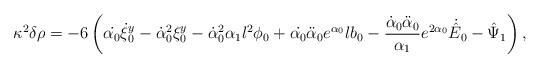
LaTeX: \begin{align*}\kappa^2\delta \rho=-6 \left(\dot{\alpha_0} \dot{\xi}^y_0-\dot{\alpha}_0^2\xi^y_0-\dot{\alpha}_0^2 \alpha_1 l^2 \phi_0+\dot{\alpha_0} \ddot{\alpha}_0 e^{\alpha_0} l b_0-\frac{\dot{\alpha}_0 \ddot{\alpha}_0}{\alpha_1} e^{2 \alpha_0}\dot{\hat{E}}_0 -\hat{\Psi}_1\right),\end{align*}